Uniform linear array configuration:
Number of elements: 12
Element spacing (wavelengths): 1
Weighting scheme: kaiser
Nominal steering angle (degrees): -30
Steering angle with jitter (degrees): -28.021
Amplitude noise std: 0.05
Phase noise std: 0.05

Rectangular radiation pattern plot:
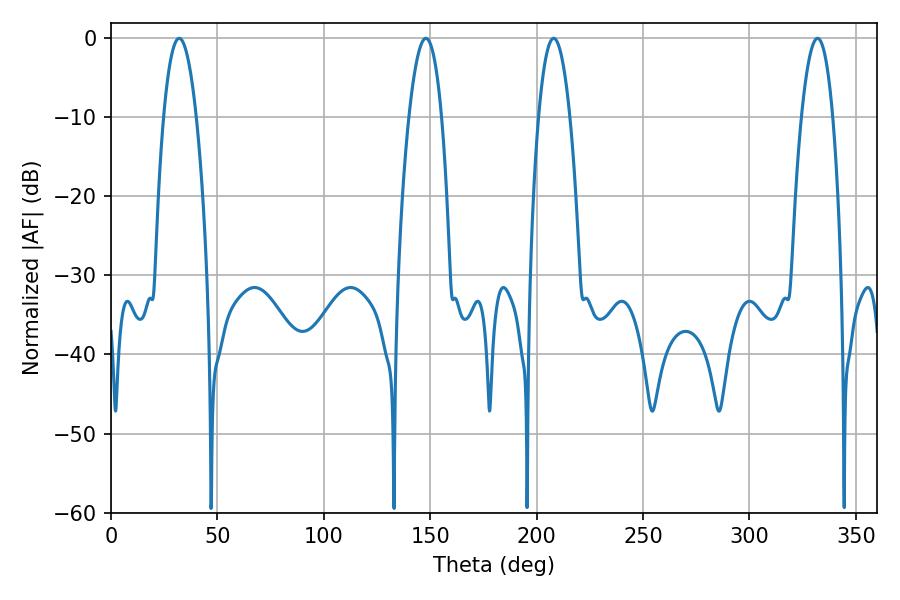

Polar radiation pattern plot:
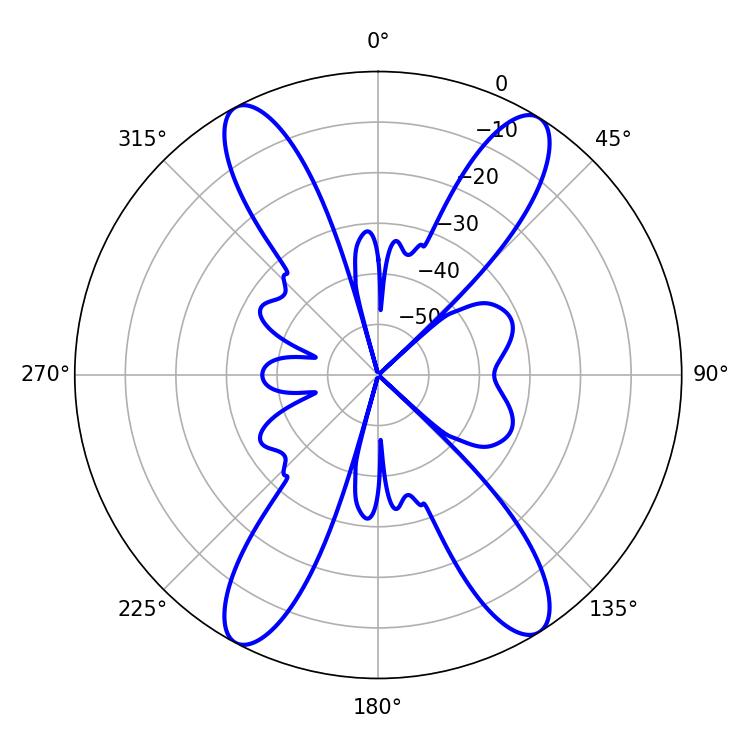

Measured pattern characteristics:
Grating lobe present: TRUE
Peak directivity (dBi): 18.885
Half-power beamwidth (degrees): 8.46
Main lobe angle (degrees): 32.04